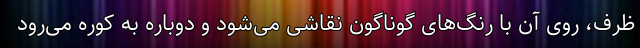
ظرف، روی آن با رنگ‌های گوناگون نقاشی می‌شود و دوباره به کوره می‌رود